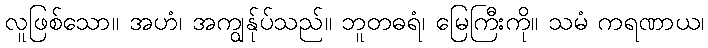
လူဖြစ်သော။ အဟံ၊ အကျွန်ုပ်သည်။ ဘူတဓရံ၊ မြေကြီးကို။ သမံ ကရဏာယ၊